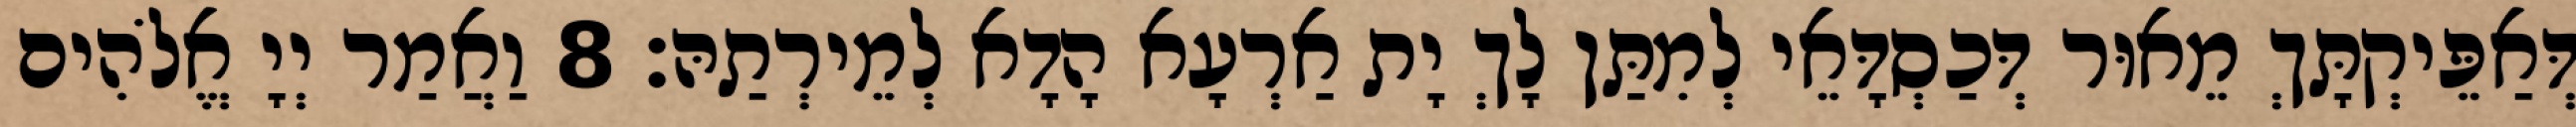
דְּאַפֵּיקְתָּךְ מֵאוּר דְּכַסְדָּאֵי לְמִתַּן לָךְ יָת אַרְעָא הָדָא לְמֵירְתַהּ׃ 8 וַאֲמַר יְיָ אֱלֹהִים